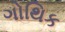
ગોથિક